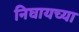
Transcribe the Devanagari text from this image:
निघायच्या